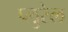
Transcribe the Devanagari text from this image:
प्लुरेल